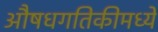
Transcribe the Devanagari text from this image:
औषधगतिकीमध्ये